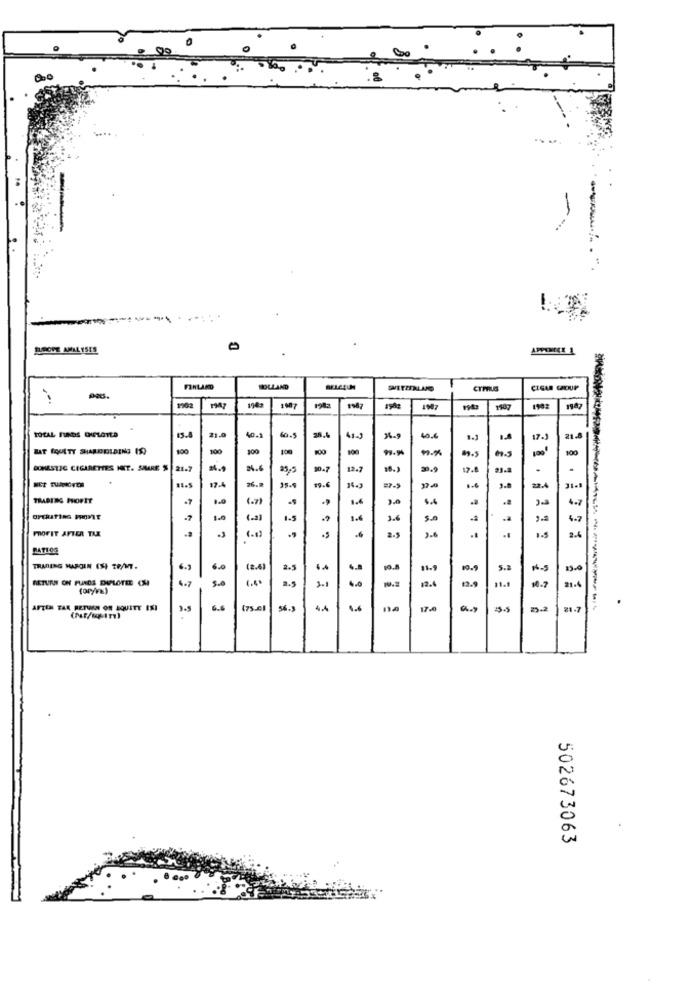
00
-
-
BMOPE ANALYSES
FINLAND
HOLLAND
CTMUS
1007
1987
192
TOTAL FUNDS ONPLAYED
15.8
40.
60.
41-3
36-9
40.4
17.
100
100
100
100
100
h.5
DOMESTIC CIGARETTES HOT. SHARE $ 21.7
10.7
12.7
10.)
29.9
17.8
11.5
17-4
35.5
26.8
19.6
14.)
27-5
3.8
22.4
TRADING PROFIT
(.)
1.6
-7
(a)
1.5
1.6
PROFIT AFTER TAX
3.5
1.5
TRADING MARGIN (44 TO/MT.
6.3
(2.4)
2-9
5.2
13.0
RETURN ON FUNDS DUPLOTEE CHI
4.7
5.0
.0
31.6
.
AFTEN TAX RETURN ON EQUITY ISI
3.5
6.6
(75.01
56.9
4.4
4.4
17-0
55
21.7
502673063